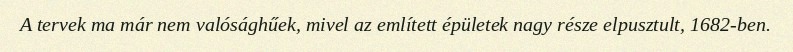
A tervek ma már nem valósághűek, mivel az említett épületek nagy része elpusztult, 1682-ben.